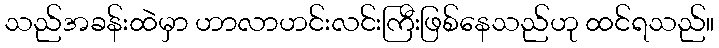
သည်အခန်းထဲမှာ ဟာလာဟင်းလင်းကြီးဖြစ်နေသည်ဟု ထင်ရသည်။